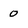
Character: 0